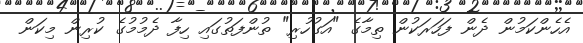
އެހެންކަމުން ދެން ފަހަރަކުން ތިމާގެ "އަގުހުރި" ތުންފަތުގައި ހިފާ ދެމުމުގެ ކުރިން މިކަން